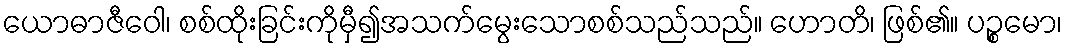
ယောဓာဇီဝေါ၊ စစ်ထိုးခြင်းကိုမှီ၍အသက်မွေးသောစစ်သည်သည်။ ဟောတိ၊ ဖြစ်၏။ ပဉ္စမော၊